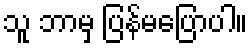
သူ ဘာမှ ပြန်မပြောပါ။